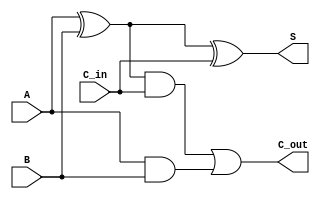
// Code for ripple_carry_adder
module fulladder
( input A,
input B,
input C_in,
output S, 
output C_out );
  wire p,r,s;
  xor (p,A,B);
  xor (S,p,C_in);
  and(r,p,C_in);
  and(s,A,B);
  or(C_out,r,s);
endmodule
module ripple_carry_adder(
  input[3:0] A,B,
  input C_in,
  output [3:0] S,
  output C_out);

  wire [2:0] carry;
  fulladder fa0(.A(A[0]),.B(B[0]),.C_in(C_in),.S(S[0]),.C_out(carry[0]));
  fulladder fa1(.A(A[1]),.B(B[1]),.C_in(carry[0]),.S(S[1]),.C_out(carry[1]));
  fulladder fa2(.A(A[2]),.B(B[2]),.C_in(carry[1]),.S(S[2]),.C_out(carry[2]));
  fulladder fa3(.A(A[3]),.B(B[3]),.C_in(carry[2]),.S(S[3]),.C_out(C_out));
endmodule